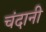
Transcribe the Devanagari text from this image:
चंदानी